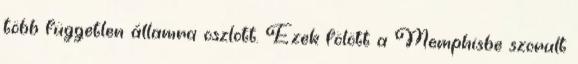
több független államra oszlott. Ezek fölött a Memphisbe szorult